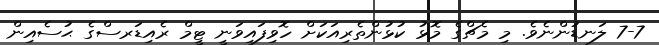
7-7 ލަނޑުންނެވެ. މި މެޗްގެ މޮޅު ކުޅުންތެރިއަކަށް ހޮވިފައިވަނީ ޓީމް ރެއިޑަރސްގެ ޙުސެއިން